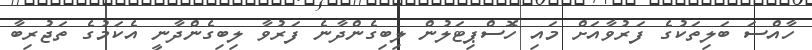
ހާއްސަ ބަލިތަކުގެ ފަރުވާއަށް މައި ހޮސްޕިޓަލުން ލިބިގެންދާނެ ފަރުވާ ލިބިގެންދާނީ އެކަމުގެ ތަޖުރިބާ